Report on malaria in the Punjab during the year ...  together with an account of the work of the Punjab Malaria Bureau - Volume 1
Disease focus: Malaria
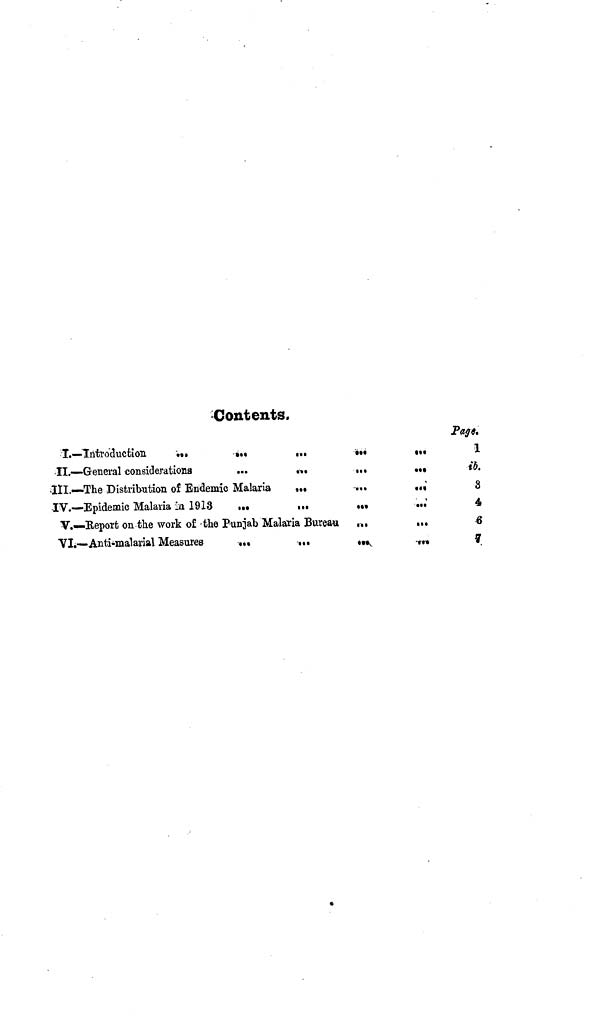
Contents.
I.—Introduction
...
...
..
•••
«••
II.—General considerations
...
...
•••
•••
III.—The Distribution of Endemic Malaria
...
...
...
IV.—Epidemic Malaria in 1913
...
...
...
...
V.—Report on the work of the Punjab Malaria Bureau
...
...
...
VI.—Anti¿malarial Measures
...
...
....
...
Page.
1
ib.
8
4
6